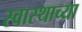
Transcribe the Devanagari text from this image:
स्वास्थाच्या